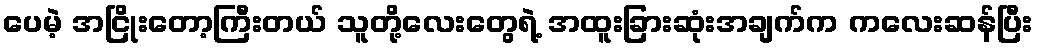
ပေမဲ့ အငြိုးတော့ကြီးတယ် သူတို့လေးတွေရဲ့ အထူးခြားဆုံးအချက်က ကလေးဆန်ပြီး